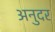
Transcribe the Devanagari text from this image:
अनुदर